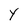
Character: Y